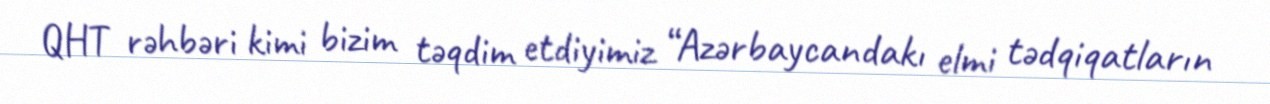
QHT rəhbəri kimi bizim təqdim etdiyimiz “Azərbaycandakı elmi tədqiqatların